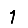
Digit: 1